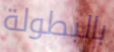
بالبطولة